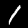
Digit: 1